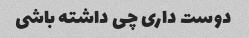
دوست داری چی داشته باشی